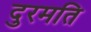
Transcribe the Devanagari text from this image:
दुरमति